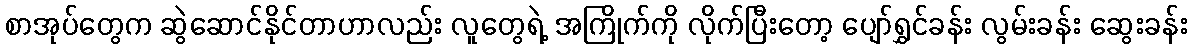
စာအုပ်တွေက ဆွဲဆောင်နိုင်တာဟာလည်း လူတွေရဲ့ အကြိုက်ကို လိုက်ပြီးတော့ ပျော်ရွှင်ခန်း လွမ်းခန်း ဆွေးခန်း